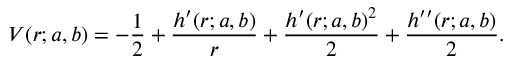
V ( r ; a , b ) = - \frac { 1 } { 2 } + \frac { h ^ { \prime } ( r ; a , b ) } { r } + \frac { h ^ { \prime } ( r ; a , b ) ^ { 2 } } { 2 } + \frac { h ^ { \prime \prime } ( r ; a , b ) } { 2 } .